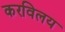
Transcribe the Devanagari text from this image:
करविलय